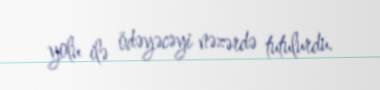
yolu ilə ödəyəcəyi nəzərdə tutulurdu.